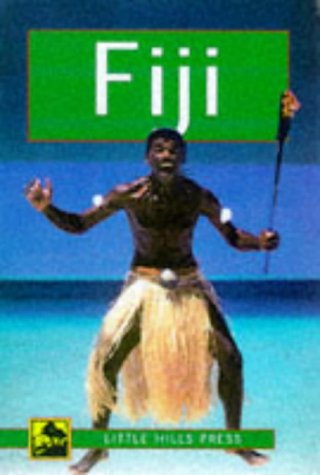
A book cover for Fiji (Little Hills Press Travel Guides); LHP Editorial; Travel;